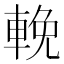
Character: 輓